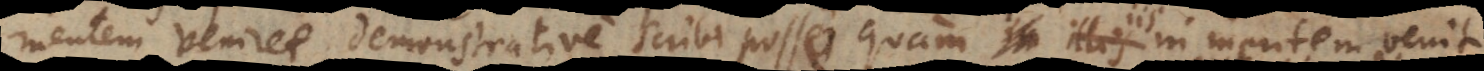
mentem veniret, demonstrative scribi posse quam iis in mentem venit